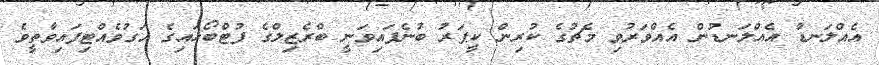
އެއްލަނޑު އެއްލަނޑުން އެއްވަރުވި މެޗުގެ ކުރިން ކީޕަރު ބުނެފައިވަނީ ބްރެޒިލްގެ ފުޓްބޯޅައިގެ އަގުވެއްޓިފައިވާތީވެ